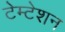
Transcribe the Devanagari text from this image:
टेम्टेशन